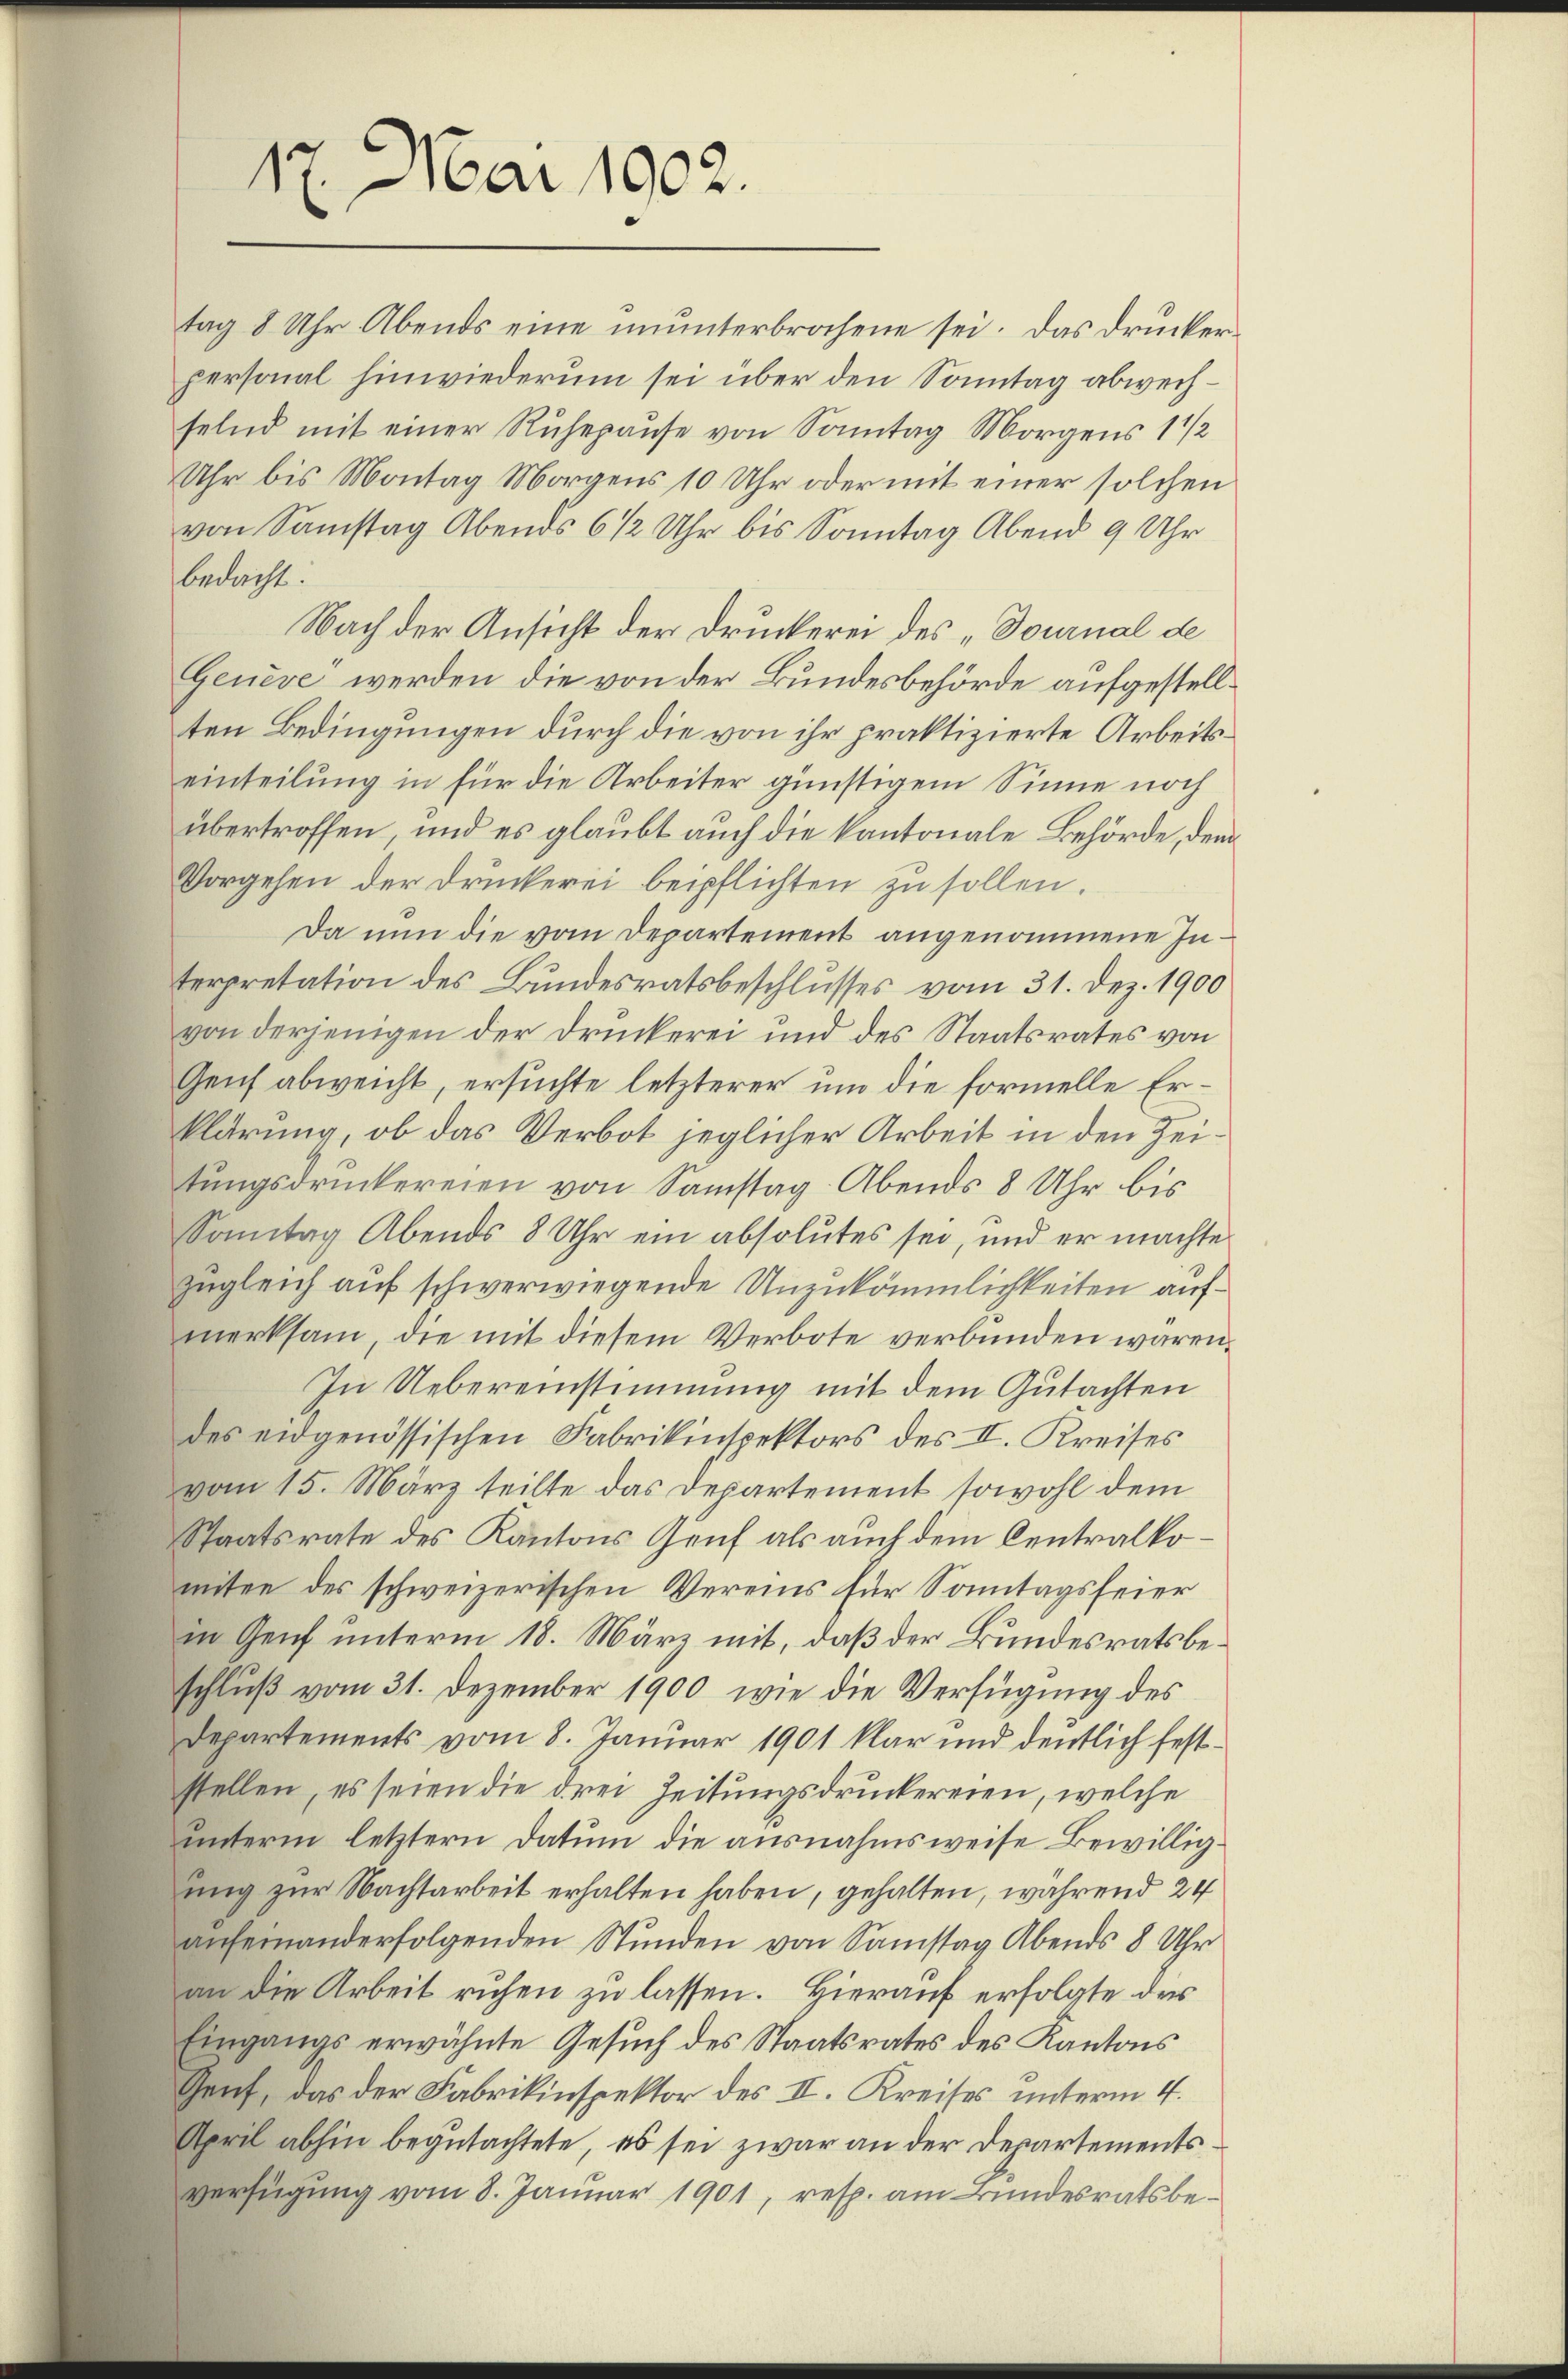
17. Mai 1902.

tag 8 Uhr Abends eine ununterbrochene sei. Das Drucker
personal hinwiederum sei über den Sonntag abwechselnd mit einer Ruhepause von Sonntag Morgens 1 1/2
Uhr bis Montag Morgens 10 Uhr oder mit einer solchen
von Samstag Abends 6 1/2 Uhr bis Sonntag Abend 9 Uhr
bedacht:
Nach der Ansicht der Druckerei des „Tournal de
Genève werden die von der Bundesbehörde aufgestell
ten Bedingungen durch die von ihr praktizierte Arbeitseinteilung in für die Arbeiter günstigem Sinne noch
übertroffen, und es glaubt auch die kantonale Behörde, den
Vorgehen der Druckerei beipflichten zu sollen.
Da nun die vom Departement angenommene Interpretation des Bundesratsbeschlusses vom 31. Dez. 1900
von derjenigen der Druckerei und des Staatsrates von

Geich abweicht, ersuchte letzterer um die formelle Erklärung, ob das Verbot jeglicher Arbeit in den Zeitŭngsdruckereien von Samstag Abends 8 Uhr bis
Sonntag Abends 8 Uhr ein absolutes sei, und er machte
zugleich auf schwerwiegende Unzukömmlichkeiten aufmerksam, die mit diesem Verbote verbunden wären,
In Uebereinstimmung mit dem Gutachten
des eidgenössischen Fabrikinspektors des II. Kreises
vom 15. März teilte das Departement sowohl dem
Staatsrate des Kantons Genf als auch dem Centralkomten des schweizerischen Vereins für Sonntagsfeier
in Zeich unterm 18. März mit, daß der Bundesratsbe¬
Schluß vom 31. Dezember 1900, wie die Verfügung des
Departements vom 8. Januar 1901 klar und deutlich feststellen, es seien die drei Zeitungsdruckereien, welche
unterm letztern Datum die ausnahmsweise Bewilligung zur Nachtarbeit erhalten haben, gehalten, während 24
aneinanderfolgenden Stŭnden von Samstag Abends 8 Uhr
an die Arbeit richen zu lassen. Hierauf erfolgte des
Eingangs erwähnte Gesuch des Staatsrates des Kantons
Gent, das der Fabrikinspektor des II. Kreises unterm 4.
April abhin begutachtete, es sei zwar an der Departements
Verfügung vom 8. Januar 1901, resp. am Bundesratsbe¬